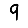
Digit: 9